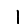
Digit: 1